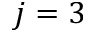
j = 3